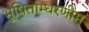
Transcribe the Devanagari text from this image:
भूषिताम्धरणीम्